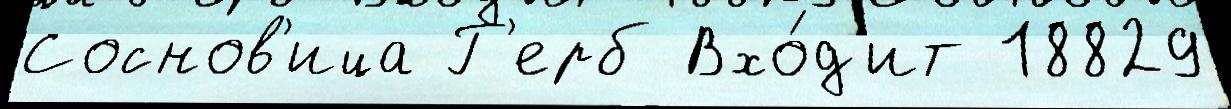
Соснов'ица Г'ерб Вхо́д'ит 18829